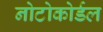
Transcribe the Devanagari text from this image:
नोटोकोर्डल